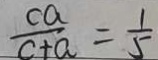
\frac { c a } { c + a } = \frac { 1 } { 5 }